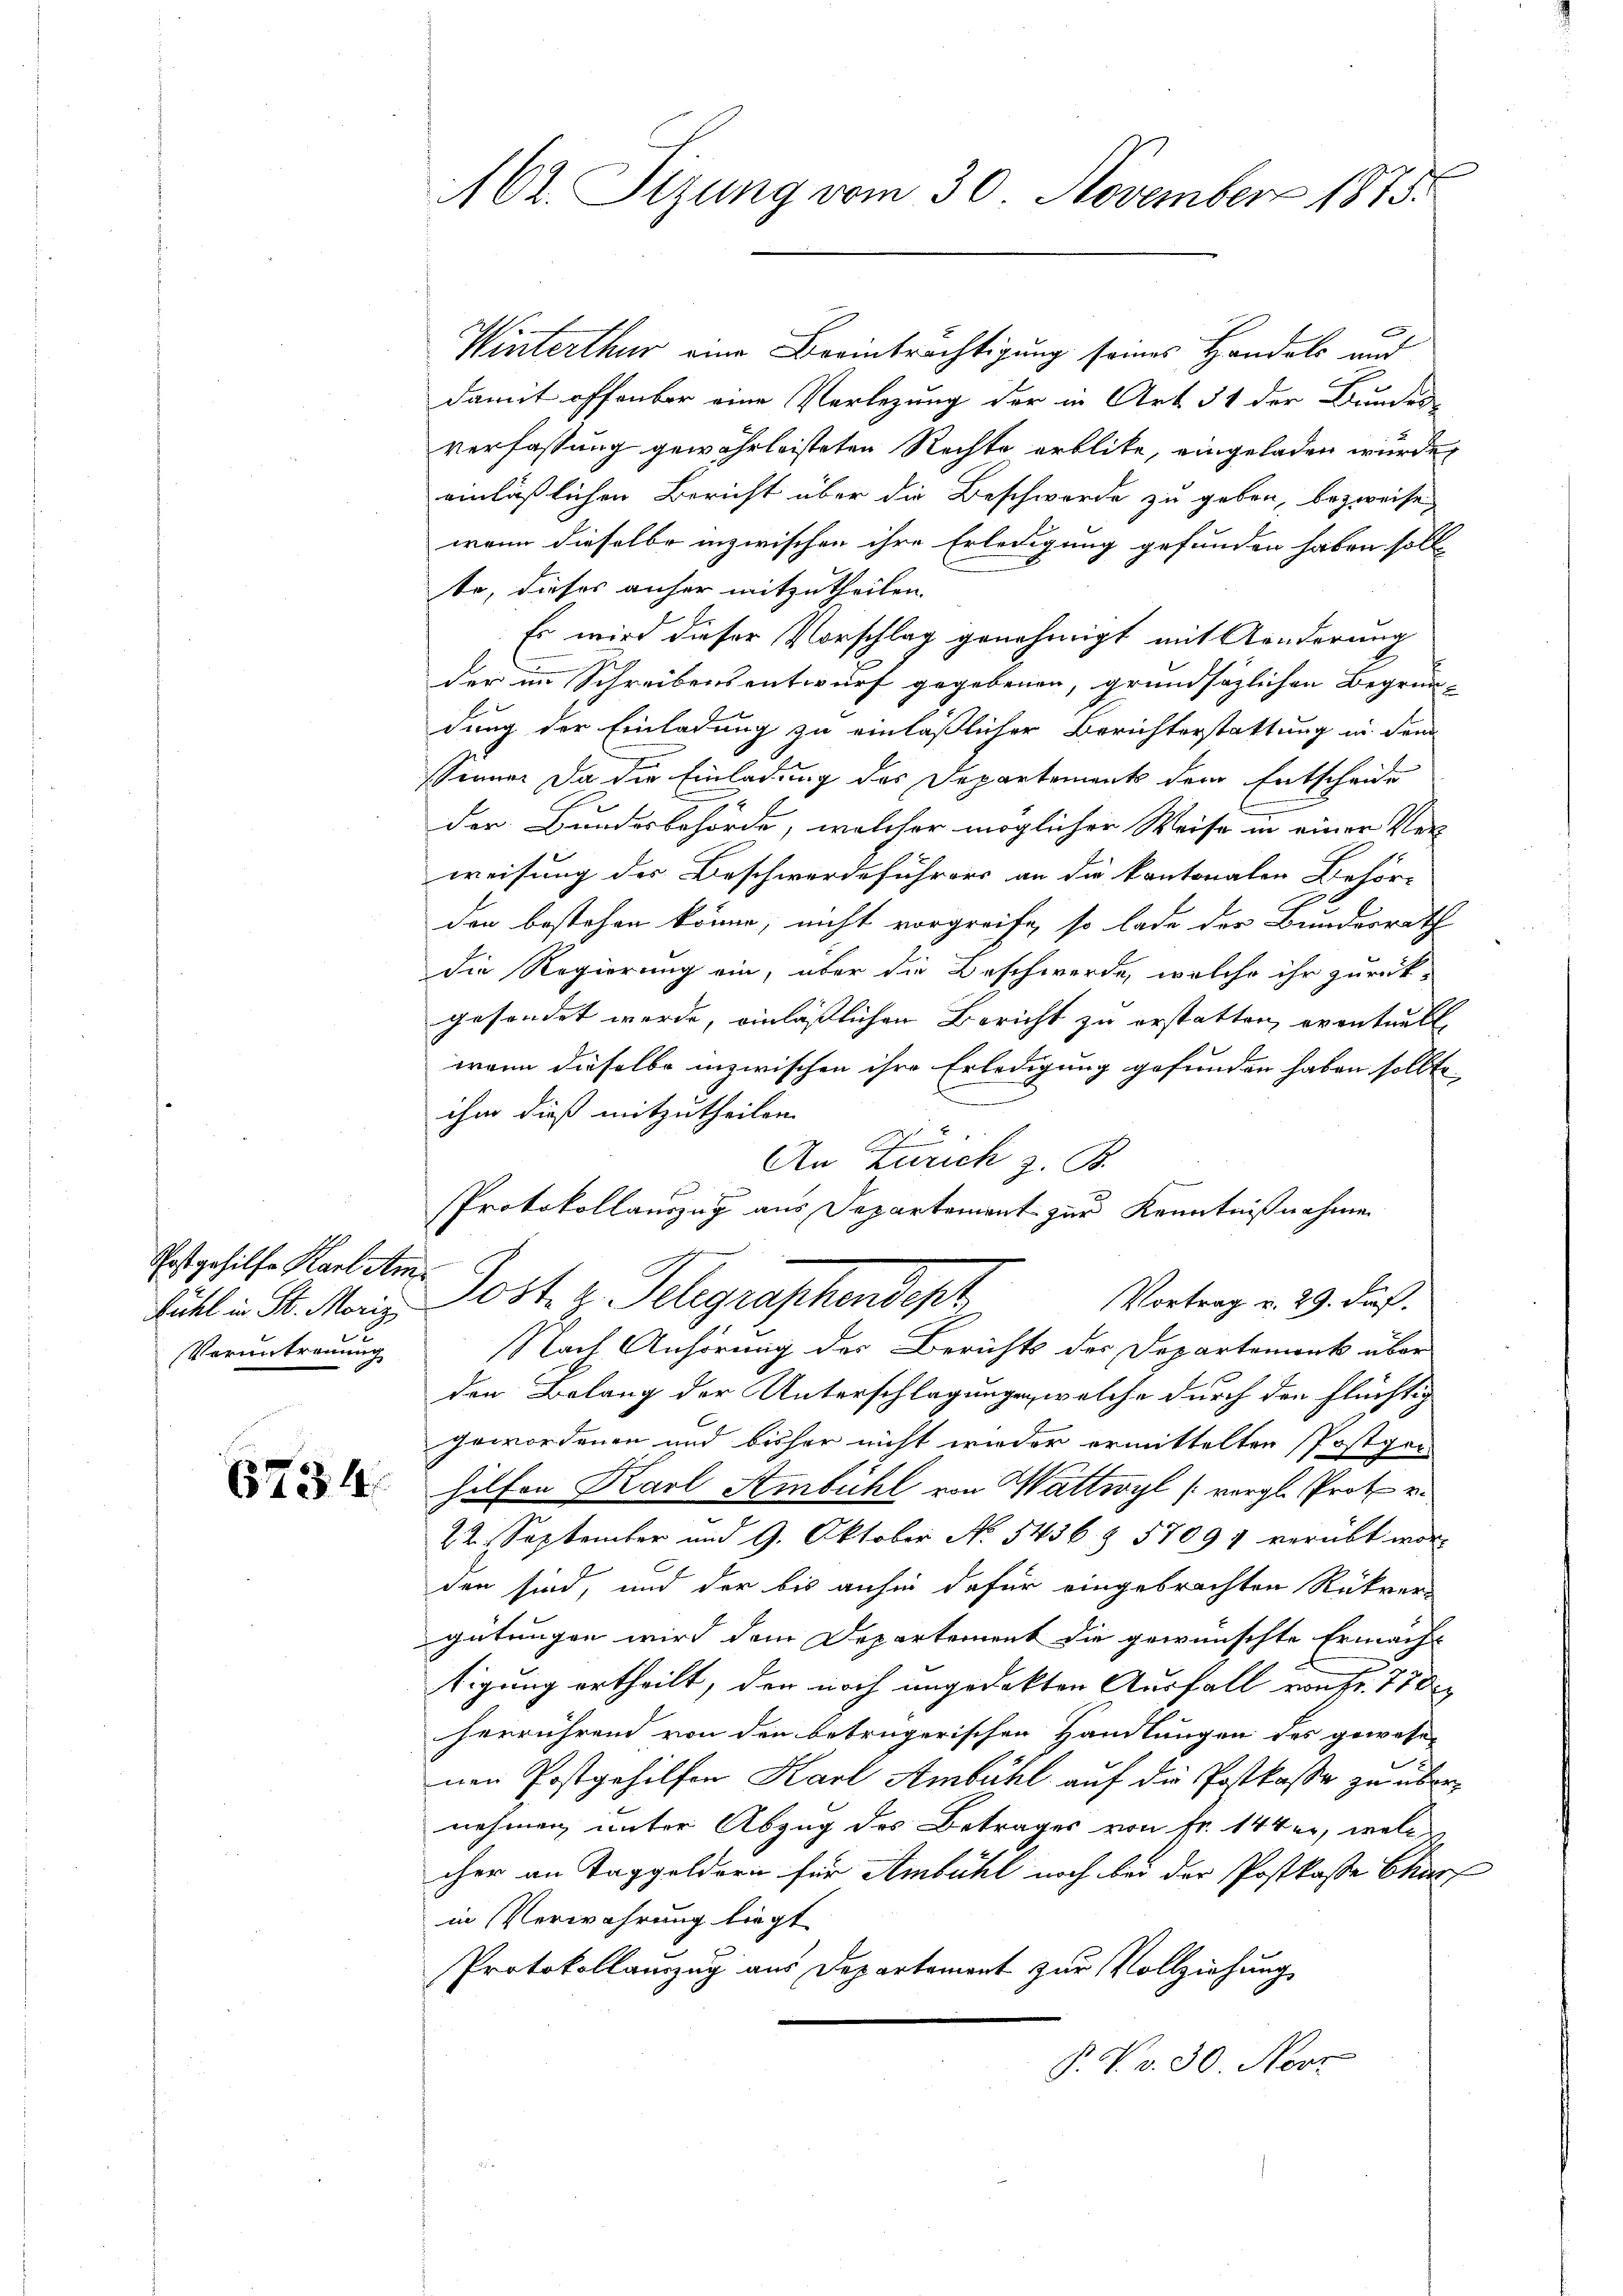
Postgehilfe Karl Am
Verantrennung

Winterthur eine Beeinträchtigung seines Handels und
damit offenbar eine Verlegung der in Art. 51 der Bundes-
verfassung gewährleisteten Rechte erblibe, eingeladen wurde,
einläßlichen Bericht über die Beschwerde zu geben, bezweife,
wenn dieselbe inzwischen ihre Erledigung gefunden haben soll
te, dieses anher mitzutheilen. |
Es wird dieser Vorschlag genehmigt mit Anderung
der im Schreibensentwurf gegebenen, grundsäzlichen Begrün-
dung der Einladung zu einläßlicher Berichterstattung in dem
Sinner da die Einladung des Departements dem Entscheide
der Bundesbehörde, welcher möglicher Weise in einer Ver-
weisung der Beschwerdeführers an die kantonalen Behör-
C
den bestehen könne, nicht vorgreife, so lade der Bundesrath
die Regierung ein, über die Beschwerde, welche ihr zurück-
gesondet wurde, einläßlichen Bericht zu erstatten, eventuell
wann dieselbe inzwischen ihre Erledigung gefunden haben sollte,
ihm dieß mitzutheilen.
n
An Zürich z. B.
Protokollauszug aus Departement zur Kenntnißnahme
Vortrag v. 29. ds.
tätl in St. Maiz. Post z. Telegraphendept
Nach Anhörung der Berichts des Departement über
den Belang der Unterschlagungen, welche durch den Flüchtig
gewordenen und bisher nicht wieder ermittelten Postgen
 hilfen Karl Ambühl von Wattwyl (vergl. Prote v.
22. September und 9. Oktober No. 5456 § 5709 verübt wor-
den sind, und der bis anhin dafür eingebrachten Rükrer-
gütungen wird dem Departement die gewünschte Ermach
tigung ertheilt, der noch ungedekten Ausfall von Fr. 77 d
herrührend von den betrügerischen Handlungen des gewesen
nen Postgehilfen Karl Ambühl auf die Postkasse zu übernehmen unter Abzug des Betrages von Fr. 144 er, welche
cher an Taggeldorn für Ambühl noch bei der Postkasse Charf
in Verwahrung liegt
Protokollauszug aus Departement zur Vollziehung
P. F. v. 30. Nove

62. Sitzung vom 30. November 1875.